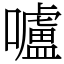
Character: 嚧